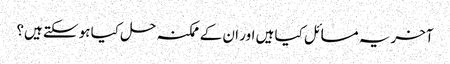
آخر یہ مسائل کیا ہیں اور ان کے ممکنہ حل کیا ہو سکتے ہیں؟